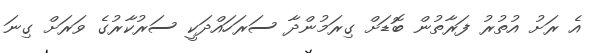
އެ ރަށު އުތުރު ފަރާތުން ބޮޑަށް ގިރަމުންދާ ސަރަހައްދަކީ ސަރުކާރުގެ ވަރަށް ގިނަ